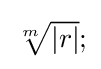
{\textstyle {\sqrt[{m}]{|r|}};}